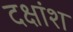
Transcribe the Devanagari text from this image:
दक्षांश